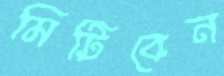
মিটিবেন